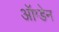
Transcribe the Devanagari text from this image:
ऑग्डेन